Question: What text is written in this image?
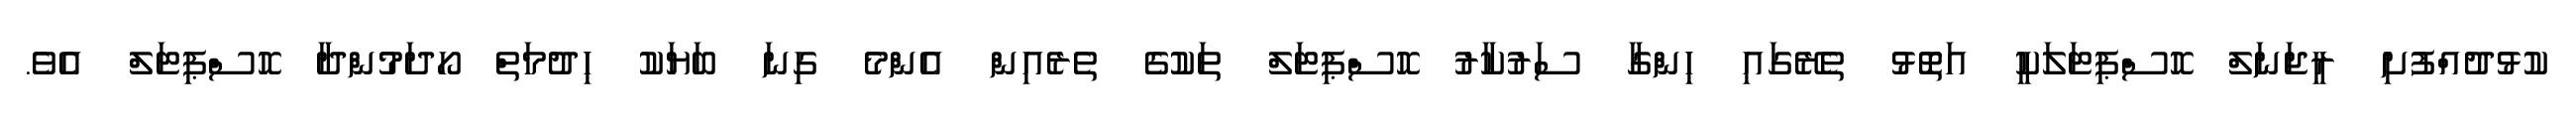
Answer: ކުޅުދުއްފުށި ރީޖަނަލް ހޮސްޕިޓަލަކީ އަތޮޅު ތެރޭގައި ހިންގާ ސަރުކާރު ހޮސްޕިޓަލް ތަކުގެ ތެރެއިން އެންމެ ގިނަ ބަޔަކު ހިދުމަތް ހޯދަމުންދާ ހޮސްޕިޓަލް އެވެ.